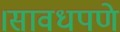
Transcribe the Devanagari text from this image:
।सावधपणे